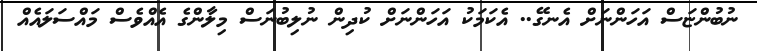
ނުބުންޏަސް އަހަންނަށް އެނގޭ.. އެކަމަކު އަހަންނަށް ކުދިން ނުލިބުނަސް މިލާންގެ އެއްވެސް މައްސަލައެއް